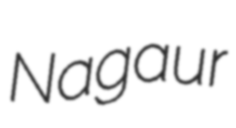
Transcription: Nagaur